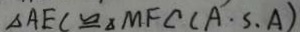
\Delta A E C \cong \Delta M F C ( A \cdot S . A )